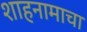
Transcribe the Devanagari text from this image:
शाहनामाचा